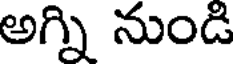
అగ్ని నుండి